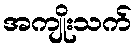
အကျိုးသက်